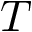
T